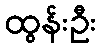
ထွန်းဦး